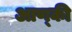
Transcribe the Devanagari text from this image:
आण्की